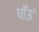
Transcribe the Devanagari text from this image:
पाँऊं